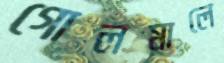
গোলমালে